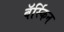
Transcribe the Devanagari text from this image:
बॅर्स्किन